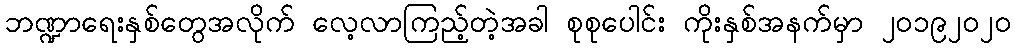
ဘဏ္ဍာရေးနှစ်တွေအလိုက် လေ့လာကြည့်တဲ့အခါ စုစုပေါင်း ကိုးနှစ်အနက်မှာ ၂၀၁၉၂၀၂၀